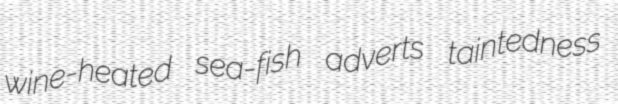
wine-heated sea-fish adverts taintedness